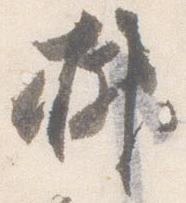
榊